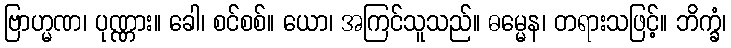
ဗြာဟ္မဏ၊ ပုဏ္ဏား။ ခေါ၊ စင်စစ်။ ယော၊ အကြင်သူသည်။ ဓမ္မေန၊ တရားသဖြင့်။ ဘိက္ခံ၊